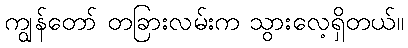
ကျွန်တော် တခြားလမ်းက သွားလေ့ရှိတယ်။